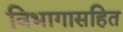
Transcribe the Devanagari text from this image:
विभागासहित